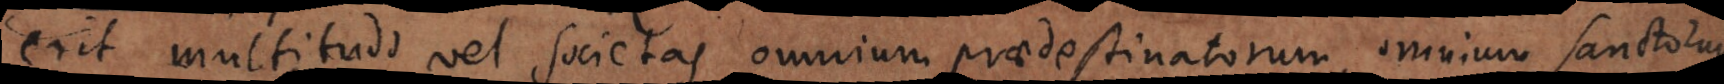
erit multitudo vel societas omnium praedestinatorum, omnium sanctorum,